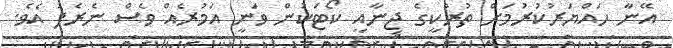
އޭނާ ހައްޔަރުކުރުމަށް ތުރުކީގެ ޖިނާއީ ކޯޓަކުން ވަނީ އަމުރެއް ވެސް ނެރެފަ އެވެ.